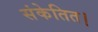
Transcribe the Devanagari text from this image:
संकेतित।